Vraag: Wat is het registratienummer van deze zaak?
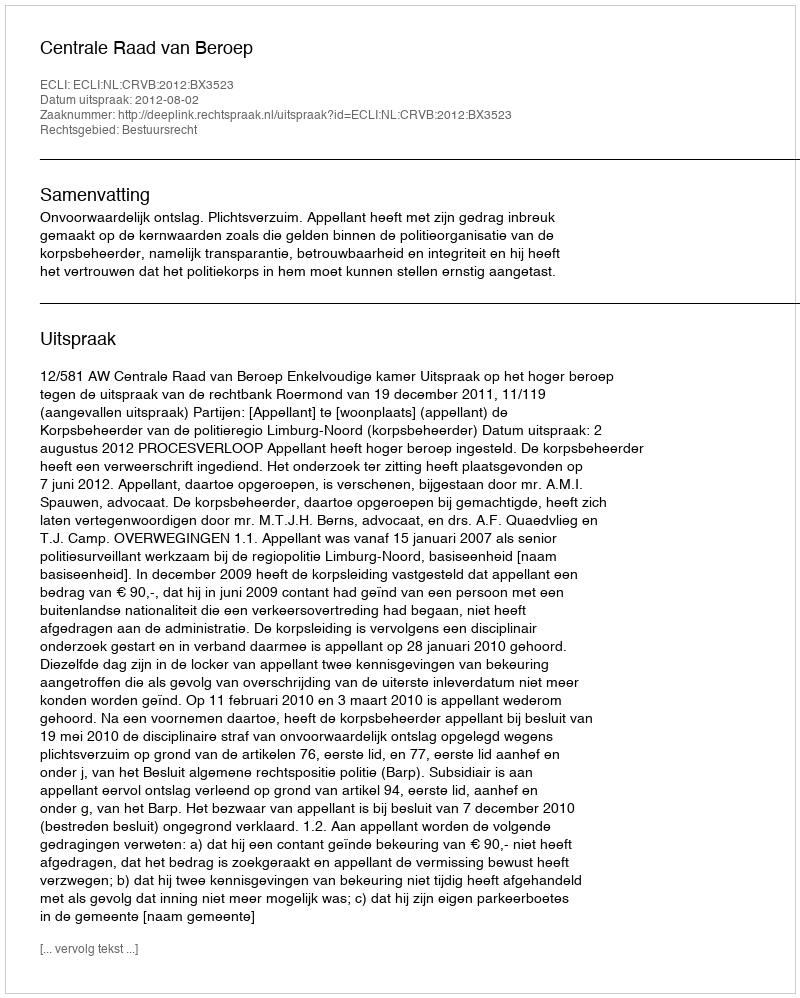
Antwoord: http://deeplink.rechtspraak.nl/uitspraak?id=ECLI:NL:CRVB:2012:BX3523